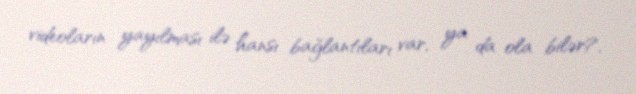
videoların yayılması ilə hansı bağlantıları var, ya da ola bilər?.